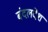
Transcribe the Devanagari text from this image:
बंदलदेश